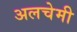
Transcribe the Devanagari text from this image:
अलचेमी